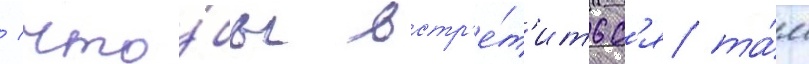
/ что́бы встр'е́т'итьс'я та́м